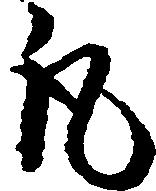
丸